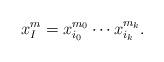
LaTeX: \begin{align*}x_I^m = x_{i_0}^{m_0} \cdots x_{i_k}^{m_k}.\end{align*}